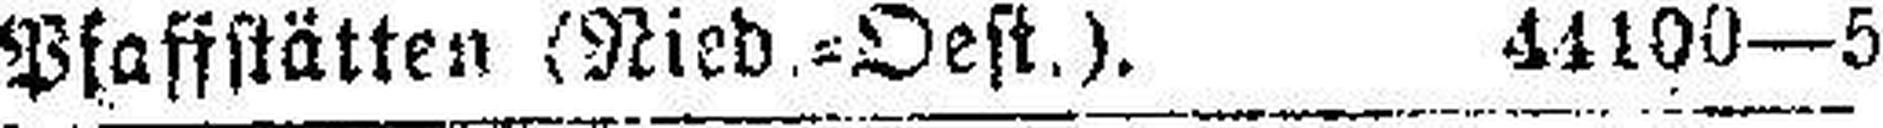
Psaffstätten (Nied.=Oest.). 44400—5